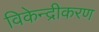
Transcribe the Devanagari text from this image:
विकेन्‍द्रीकरण